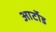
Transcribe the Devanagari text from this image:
आर्टोड